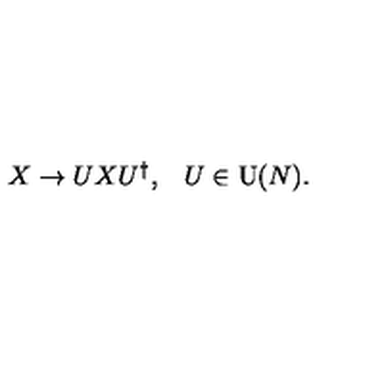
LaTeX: \begin{array} { c c } { X \rightarrow U X U ^ { \dagger } , } & { U \in \mathrm { U } ( N ) . } \\ \end{array}